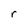
Character: r